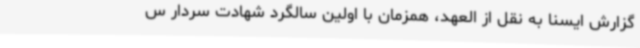
گزارش ایسنا به نقل از العهد، همزمان با اولین سالگرد شهادت سردار س